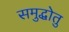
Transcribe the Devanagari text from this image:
समुद्धोतु